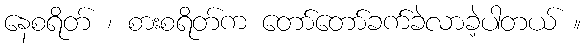
နေစရိတ် ၊ စားစရိတ်က တော်တော်ခက်ခဲလာခဲ့ပါတယ် ။